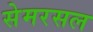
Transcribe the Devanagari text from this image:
सेमरसल